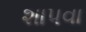
શાપવા